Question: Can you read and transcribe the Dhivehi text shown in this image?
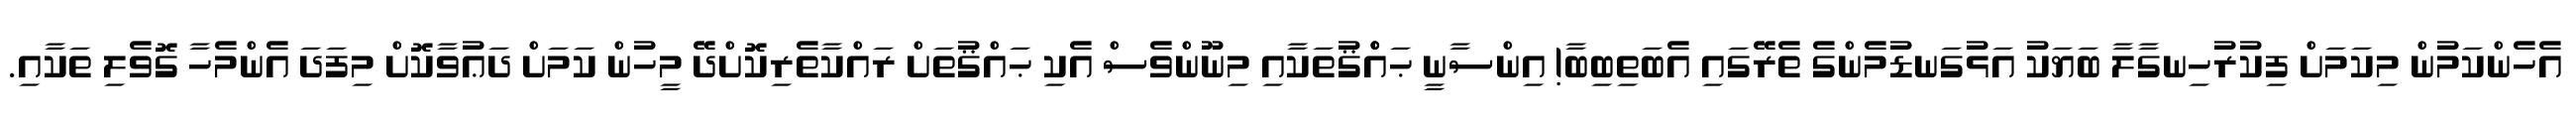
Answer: އެހެންކަމުން މިކަމަށް ފިކުރުހިނގާލާ ބަޔަކު އަޅުގަނޑުމެންގެ ތެރޭގައި އެބަތިބިބާ! އިންސާނީ ޙައްްޤުތަކާއި މިނޫންވެސް އެކި ޙައްޤުތަށް ރައްކާތެރިކޮށްދޭ މީހުން ކަމަށް ދަޢުވާކޮށް މިފަދަ އެންމެހާ ގޮވެލި ތަކާއި.